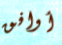
أوافق